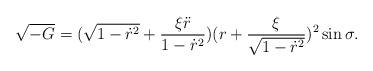
LaTeX: \begin{align*}\sqrt{-G}=(\sqrt{1-\dot{r}^2}+\frac{\xi\ddot{r}}{1-\dot{r}^2})(r+\frac{\xi}{\sqrt{1-\dot{r}^2}})^2\sin\sigma.\end{align*}